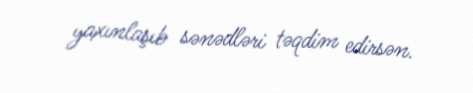
yaxınlaşıb sənədləri təqdim edirsən.